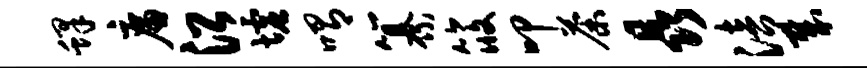
蜂廉沿墟喟纂筱叩荼晶涪哉